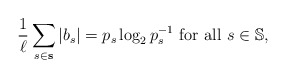
\begin{align*}\frac{1}{\ell} \sum_{s\in\mathbf{s}} |b_s|=p_s\log_2{p_s^{-1}}\mbox{ for all } s\in\mathbb{S},\end{align*}